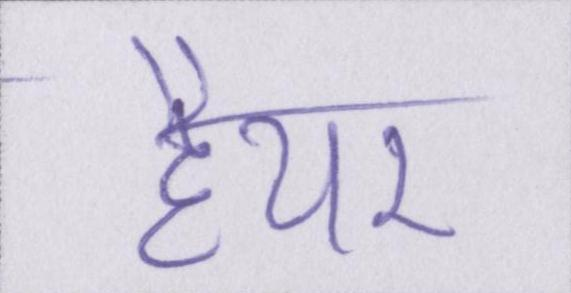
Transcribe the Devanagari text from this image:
हेयर